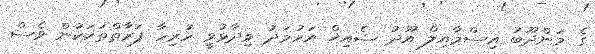
ގެ މަންދޫބު އިސްމާއިލް އޫދު ޝެއިޚް އަހުމަދު ވިދާޅުވީ ހުރިހާ ފަރާތްތަކަކުން ވެސް